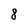
Character: 8